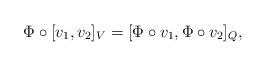
LaTeX: \begin{align*}\Phi\circ [v_1,v_2]_{V}=[\Phi\circ v_1,\Phi\circ v_2]_{Q},\end{align*}